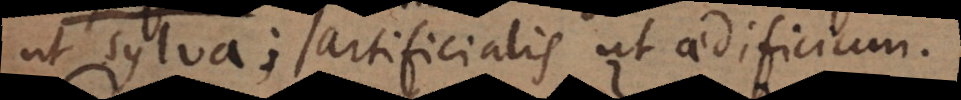
ut sylva; artificialis ut aedificium.